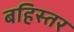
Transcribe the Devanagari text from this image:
बहिस्तर